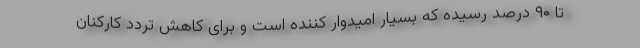
تا ۹۰ درصد رسیده که بسیار امیدوار کننده است و برای کاهش تردد کارکنان